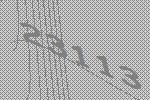
23113